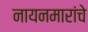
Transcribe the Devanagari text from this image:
नायनमारांचे